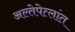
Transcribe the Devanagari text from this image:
अल्तेपेत्लांत